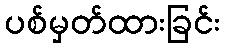
ပစ်မှတ်ထားခြင်း